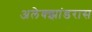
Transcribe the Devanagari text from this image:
अलेक्झांडरास